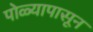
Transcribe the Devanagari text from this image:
पोळ्यापासून